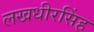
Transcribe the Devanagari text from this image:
लखधीरसिंह